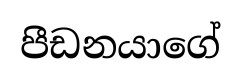
පීඩනයාගේ